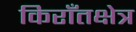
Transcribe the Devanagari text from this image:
किराँतक्षेत्र